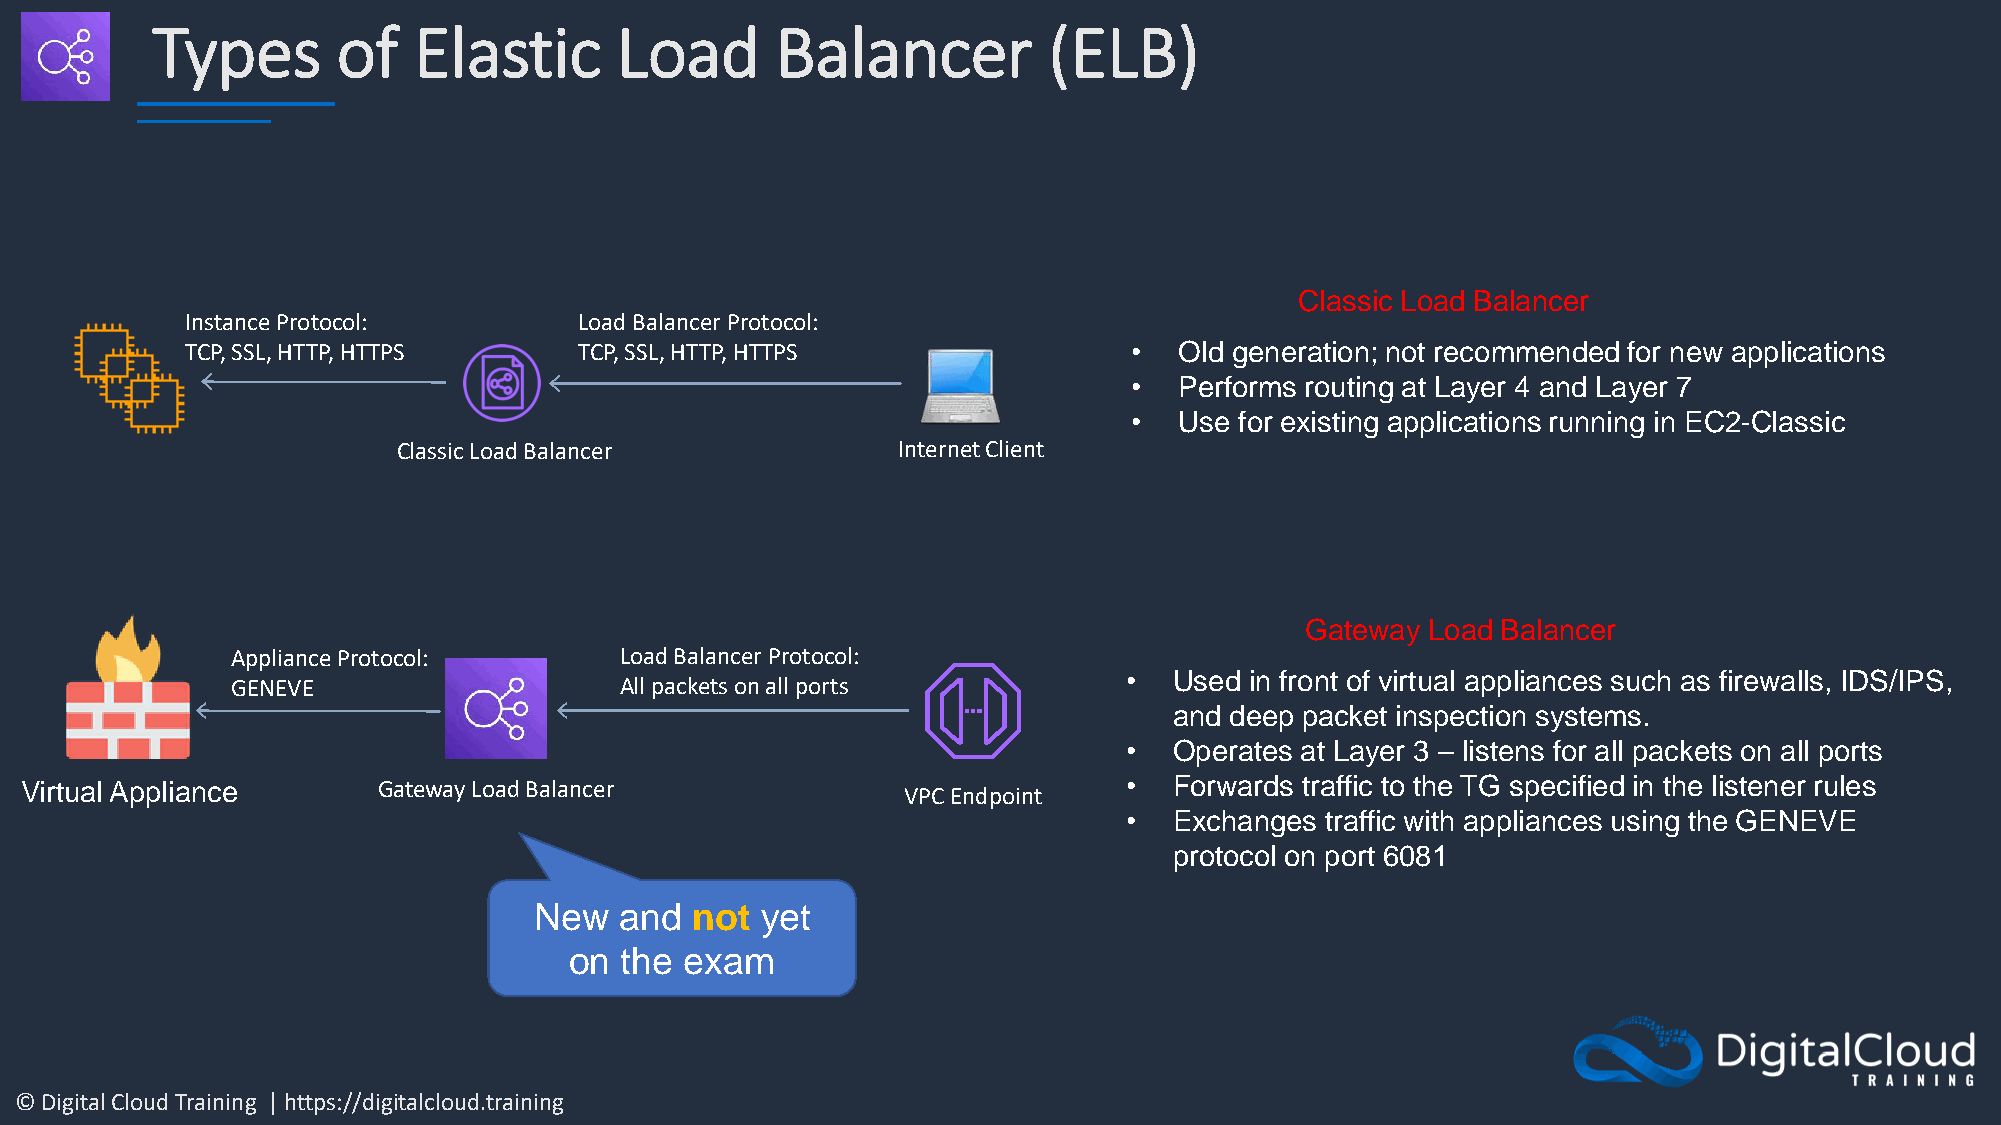
Types       of   Elastic       Load      Balancer          (ELB)
 Classic Load Balancer
 Instance Protocol:        Load Balancer Protocol:
 TCP, SSL, HTTP, HTTPS     TCP, SSL, HTTP, HTTPS                •  Old generation; not recommended for new applications
 •  Performs routing at Layer 4 and Layer 7
 •  Use for existing applications running in EC2-Classic
 Classic Load Balancer            Internet Client
 Gateway  Load Balancer
 Appliance Protocol:       Load Balancer Protocol:
 •   Used in front of virtual appliances such as firewalls, IDS/IPS,
 GENEVE                    All packets on all ports
 and deep packet inspection systems.
 •   Operates at Layer 3 – listens for all packets on all ports
 Virtual Appliance       Gateway Load Balancer                            •   Forwards traffic to the TG specified in the listener rules
 VPC Endpoint
 •   Exchanges traffic with appliances using the GENEVE
 protocol on port 6081
 New   and  not yet
 on the exam
 © Digital Cloud Training | https://digitalcloud.training